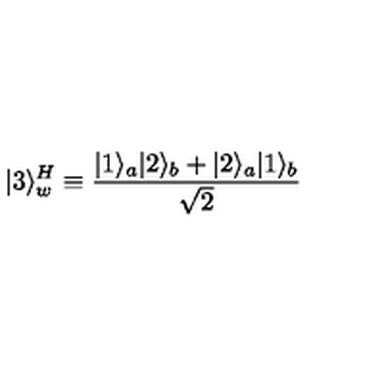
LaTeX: | 3 \rangle _ { w } ^ { H } \equiv { \frac { | 1 \rangle _ { a } | 2 \rangle _ { b } + | 2 \rangle _ { a } | 1 \rangle _ { b } } { \sqrt { 2 } } }